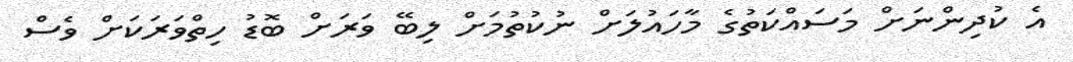
އެ ކުދިންނަށް މަސައްކަތުގެ މާހައުލަށް ނުކުތުމަށް ލިބޭ ވަރަށް ބޮޑު ހިތްވަރަކަށް ވެސް